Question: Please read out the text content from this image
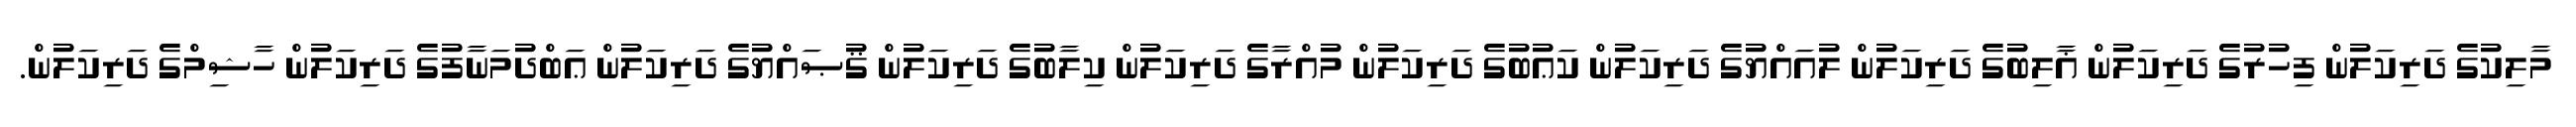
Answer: މާލިކުގެ ދަރިކަލުން ފިހުރުގެ ދަރިކަލުން ޣާލިބުގެ ދަރިކަލުން ލުއައްޔުގެ ދަރިކަލުން ކަޢުބުގެ ދަރިކަލުން މުއްރާގެ ދަރިކަލުން ކިލާބުގެ ދަރިކަލުން ޤުޞައްޔުގެ ދަރިކަލުން ޢަބްދުމަނާފުގެ ދަރިކަލުން ހާޝިމްގެ ދަރިކަލުން.